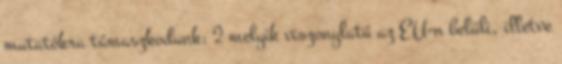
mutatókra támaszkodunk; 2 melyik viszonylatú az EU-n belüli, illetve